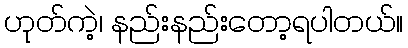
ဟုတ်ကဲ့၊ နည်းနည်းတော့ရပါတယ်။